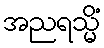
အညရသ္မိံ